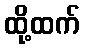
ထို့ထက်